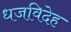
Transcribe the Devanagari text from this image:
धजविदेह